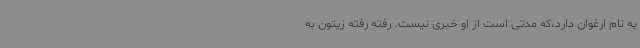
به نام ارغوان دارد،که مدتی است از او خبری نیست. رفته رفته زیتون به